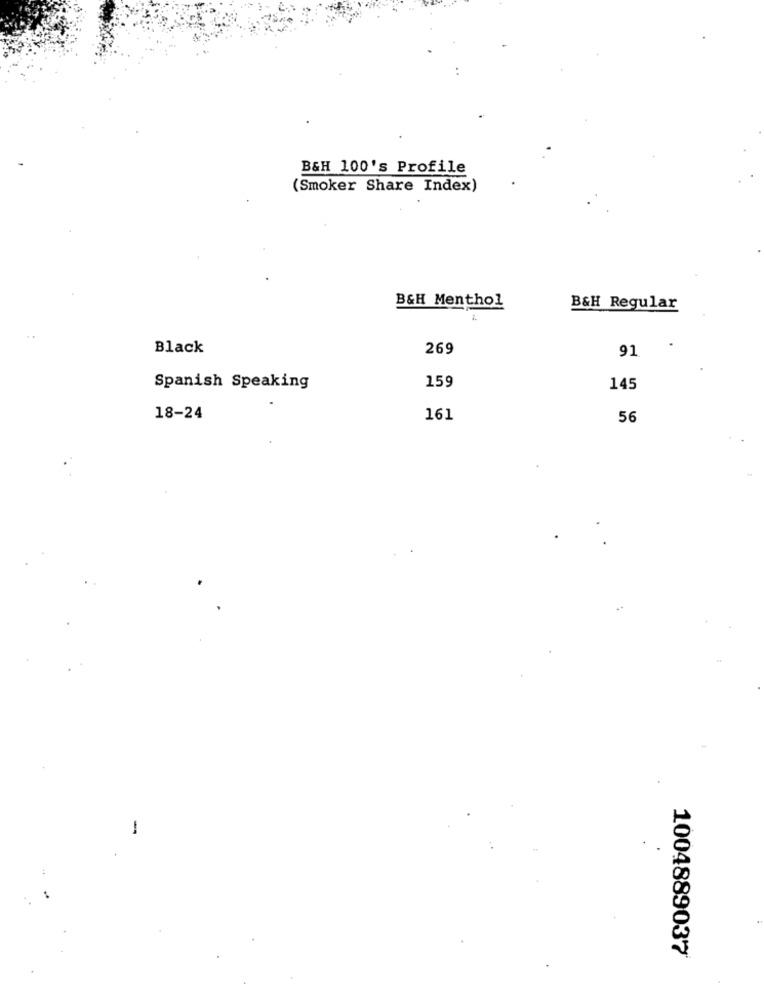
B&H 100's Profile
(Smoker Share Index)
B&H Menthol
B&H Regular
Black
269
91
159
Spanish Speaking
145
18-24
161
56
-
1004889037